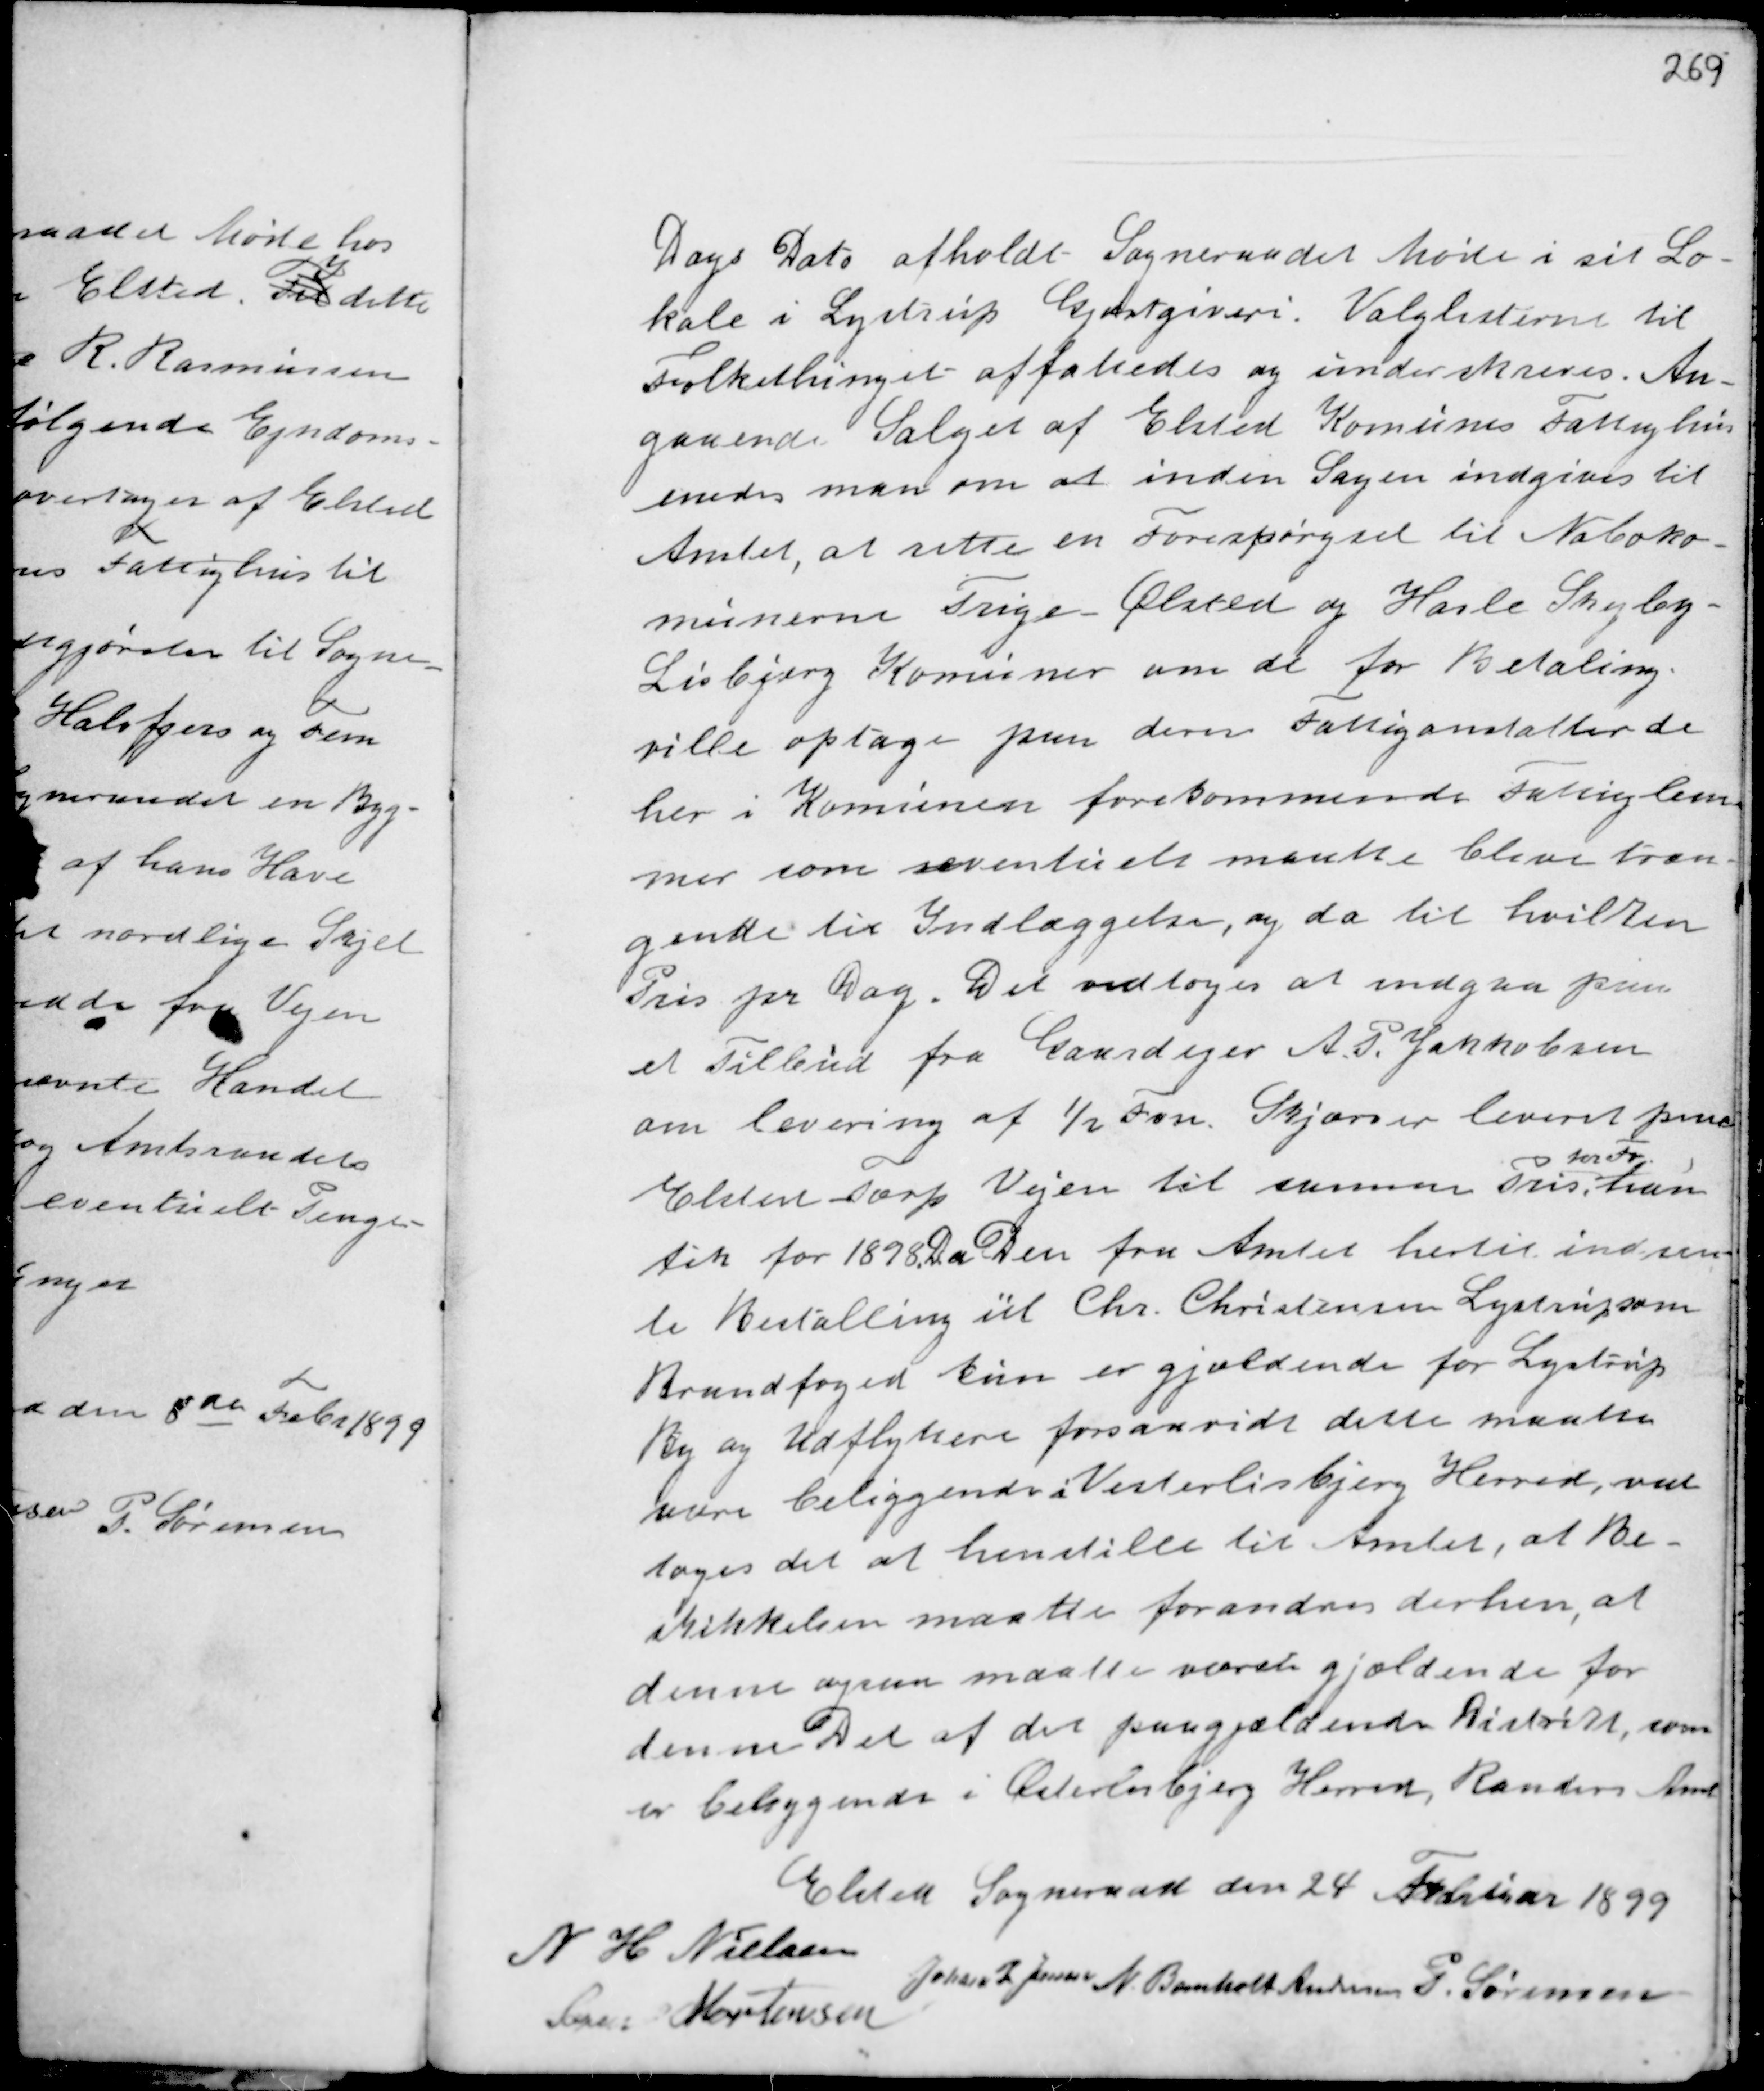
Transskription:
Dags Dato afholdt Sogneraadet Møde i sit Lo-
kale i Lystrup Gjæstgiveri. Valglisterne til
Folkethinget affattedes og underskreves. An-
gaaende Salget af Elsted Komunes Fattighus
enedes man om at inden Sagen indgives til
Amtet, at rette en Forespørgsel til Naboko-
munerne Trige - Ølsted og Hasle Skejby -
Lisbjerg Komuner om de for Betaling
ville optage paa deres Fattiganstalter de
her i Komunen forekommende Fattiglem-
mer som eventuelt maatte blive træn-
gende til Indlæggelse, og da til hvilken
Pris pr Dag. Det vedtoges at indgaa
et Tilbud fra Gaardejer A.P. Jakkobsen
om levering af ½ Fvn Skjærver leveret pme
Elsted Tærp Vejen til samme Pris
pr Fv,
han
fik for 1898. Da Den fra Amtet hertil indsen-
te Bestalling til Chr. Christensen Lystrup som
Brandfoged kun er gjældende for Lystrup
By og Udflyttere forsaavidt dette maatte
være beliggende i Vesterlisbjerg Herred ved-
toges det at henstille til Amtet, at Be-
skikkelsen maatte forandres derhen, at
denne ogsaa maatte værets gjældende for
denne Del af det paagjældende Distrikt, som
er beliggende i Østerlisbjerg Herred, Randers Amt

Elsted Sogneraad den 24 Februar 1899
N H Nielsen
Johan P Jensen N. Bomholt Andersen P. Sørensen
Søren Mortensen